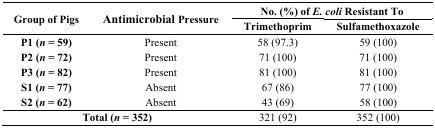
<table><thead><tr><td rowspan="2"><b>Group of Pigs</b></td><td rowspan="2"><b>Antimicrobial Pressure</b></td><td colspan="2"><b>No. (%) of <i>E. coli</i> Resistant To</b></td></tr><tr><td><b>Trimethoprim</b></td><td><b>Sulfamethoxazole</b></td></tr></thead><tbody><tr><td>P1 (<i>n</i> = 59)</td><td>Present</td><td>58 (97.3)</td><td>59 (100)</td></tr><tr><td>P2 (<i>n</i> = 72)</td><td>Present</td><td>71 (100)</td><td>71 (100)</td></tr><tr><td>P3 (<i>n</i> = 82)</td><td>Present</td><td>81 (100)</td><td>81 (100)</td></tr><tr><td>S1 (<i>n</i> = 77)</td><td>Absent</td><td>67 (86)</td><td>77 (100)</td></tr><tr><td>S2 (<i>n</i> = 62)</td><td>Absent</td><td>43 (69)</td><td>58 (100)</td></tr><tr><td colspan="2">Total (<i>n</i> = 352)</td><td>321 (92)</td><td>352 (100)</td></tr></tbody></table>